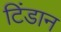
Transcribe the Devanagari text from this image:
टिंडान